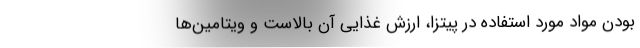
بودن مواد مورد استفاده در پیتزا، ارزش غذایی آن بالاست و ویتامین‌ها